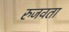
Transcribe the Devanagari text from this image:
रुजवता